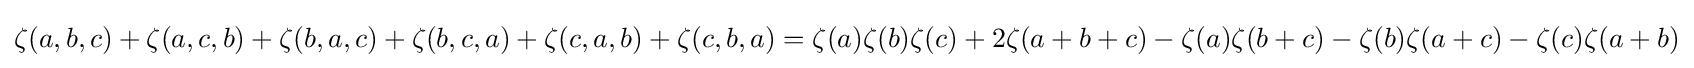
\zeta (a,b,c)+\zeta (a,c,b)+\zeta (b,a,c)+\zeta (b,c,a)+\zeta (c,a,b)+\zeta (c,b,a)=\zeta (a)\zeta (b)\zeta (c)+2\zeta (a+b+c)-\zeta (a)\zeta (b+c)-\zeta (b)\zeta (a+c)-\zeta (c)\zeta (a+b)